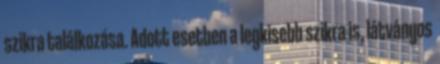
szikra találkozása. Adott esetben a legkisebb szikra is, látványos